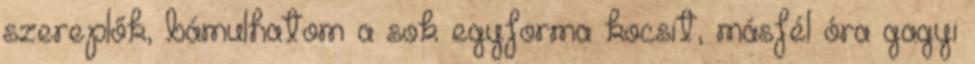
szereplők, bámulhatom a sok egyforma kocsit, másfél óra gagyi